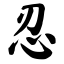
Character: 忍